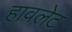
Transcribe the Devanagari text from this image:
हावलेट